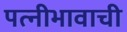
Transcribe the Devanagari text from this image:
पत्नीभावाची